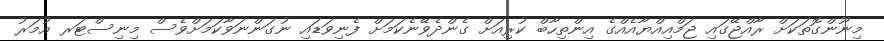
މިނޫންގޮތަކަށް ރާއްޖޭގައި ޖަމްއިއްޔާއެއްގެ އިންތިހާބް ކުރިއަށް ގެންދެވޭނެކަމަށް ފެނިވަޑައި ނުގަންނަވާކަމަށްވެސް މިނިސްޓަރ އުމަރު